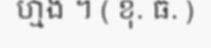
ហ្មង ។ ( ខុ. ធ. )